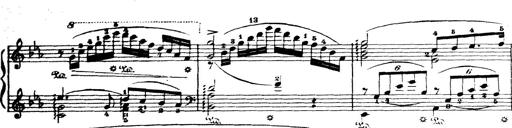
Title: Wagner-Liszt Album
Composer: Franz Liszt